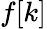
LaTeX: f[k]